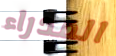
المدراء